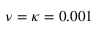
\nu = \kappa = 0 . 0 0 1